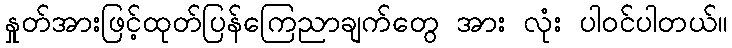
နှုတ်အားဖြင့်ထုတ်ပြန်ကြေညာချက်တွေ အား လုံး ပါဝင်ပါတယ်။